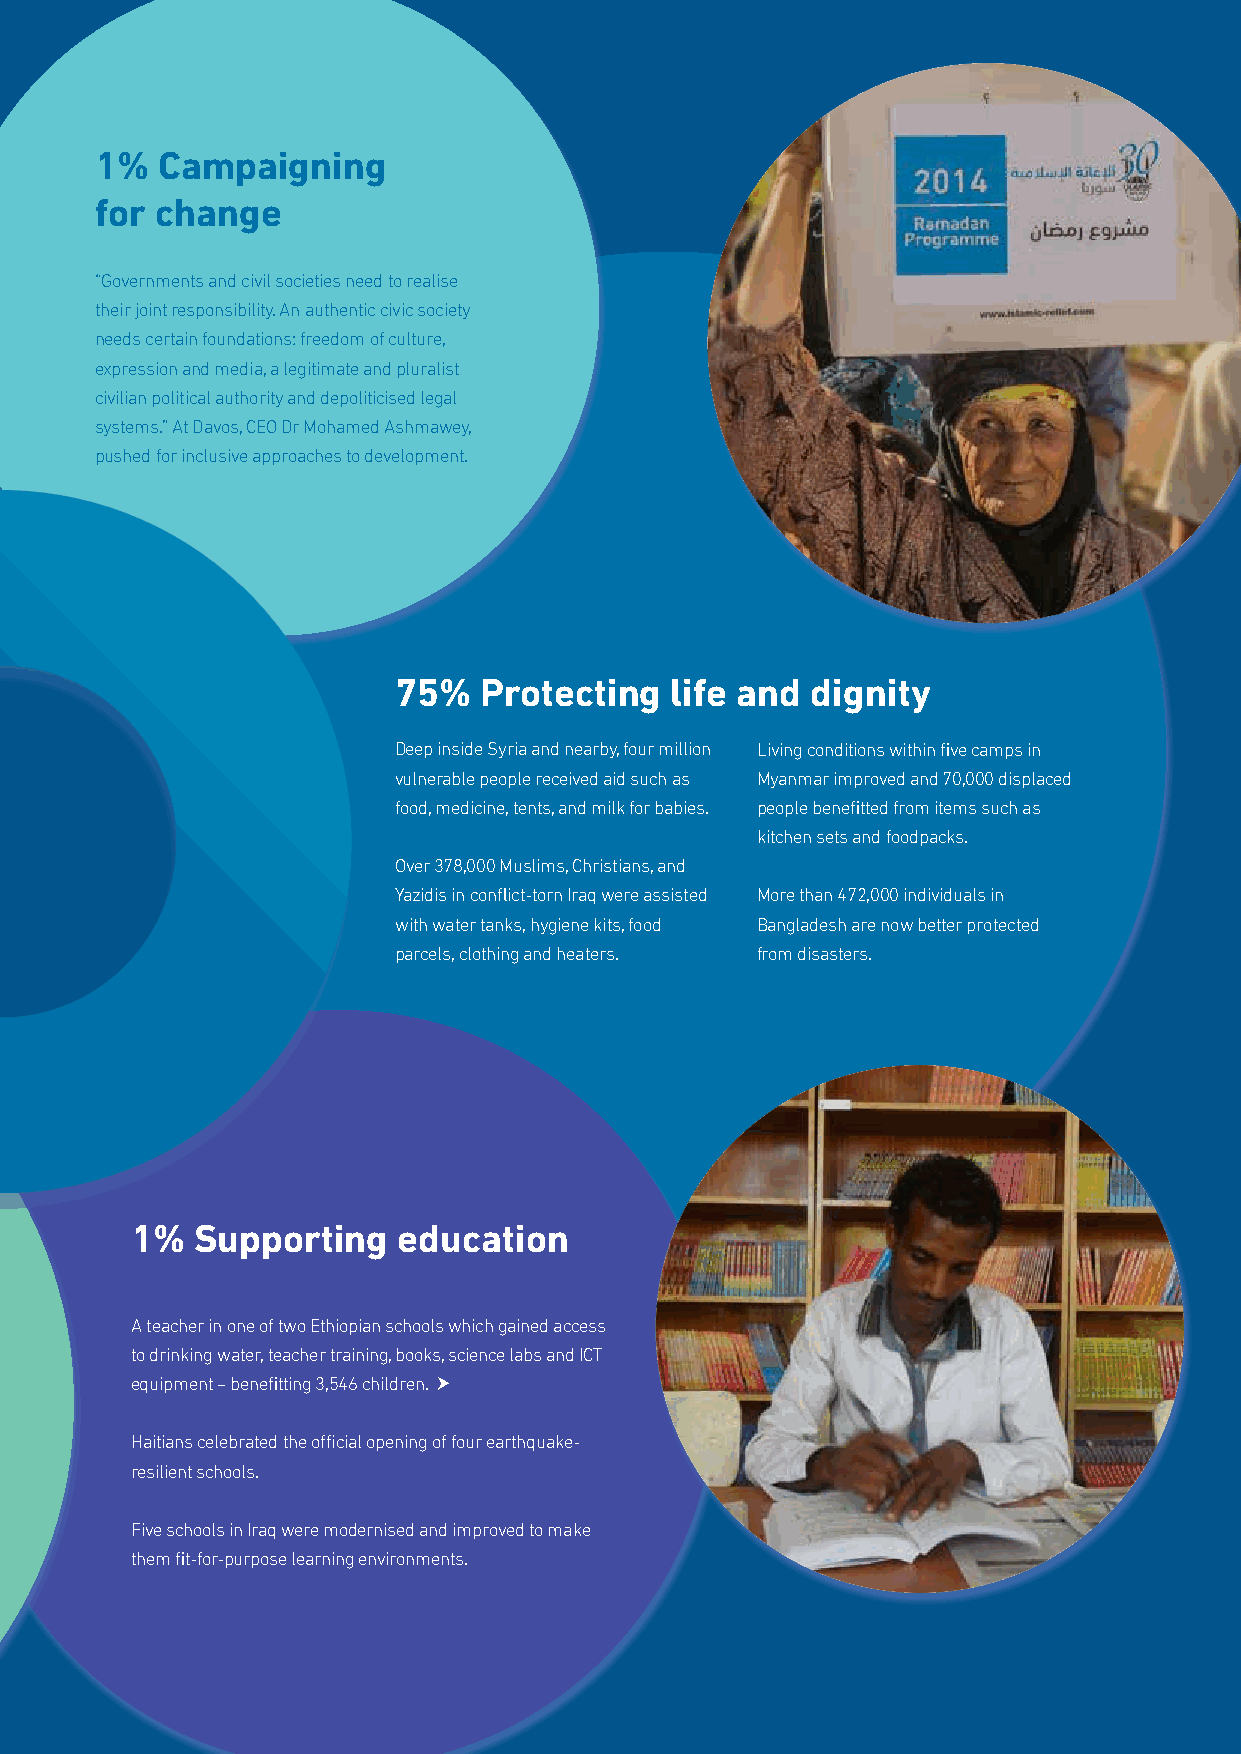
1%   Campaigning
 for change
 “Governments and civil societies need to realise
 their joint responsibility. An authentic civic society
 needs certain foundations: freedom of culture,
 expression and media, a legitimate and pluralist
 civilian political authority and depoliticised legal
 systems.” At Davos, CEO Dr Mohamed Ashmawey,
 pushed for inclusive approaches to development.
 75%   Protecting  life and  dignity
 Deep inside Syria and nearby, four million Living conditions within five camps in
 vulnerable people received aid such as Myanmar improved and 70,000 displaced
 food, medicine, tents, and milk for babies. people benefitted from items such as
 kitchen sets and foodpacks.
 Over 378,000 Muslims, Christians, and
 Yazidis in conflict-torn Iraq were assisted More than 472,000 individuals in
 with water tanks, hygiene kits, food Bangladesh are now better protected
 parcels, clothing and heaters. from disasters.
 1%  Supporting   education
 A teacher in one of two Ethiopian schools which gained access
 to drinking water, teacher training, books, science labs and ICT
 equipment – benefitting 3,546 children. 
 Haitians celebrated the official opening of four earthquake-
 resilient schools.
 Five schools in Iraq were modernised and improved to make
 them fit-for-purpose learning environments.
 7